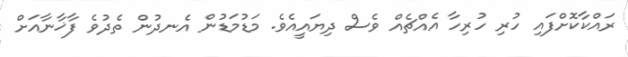
ރައްކާކޮށްފައި ހުރި ހުރިހާ އެއްޗެއް ވެސް ދިޔައީއެވެ. މަޑުމަޑުން އެނދުން ތެދުވެ ފާޚާނާއަށް